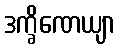
ဒက္ခိဏေယျာ